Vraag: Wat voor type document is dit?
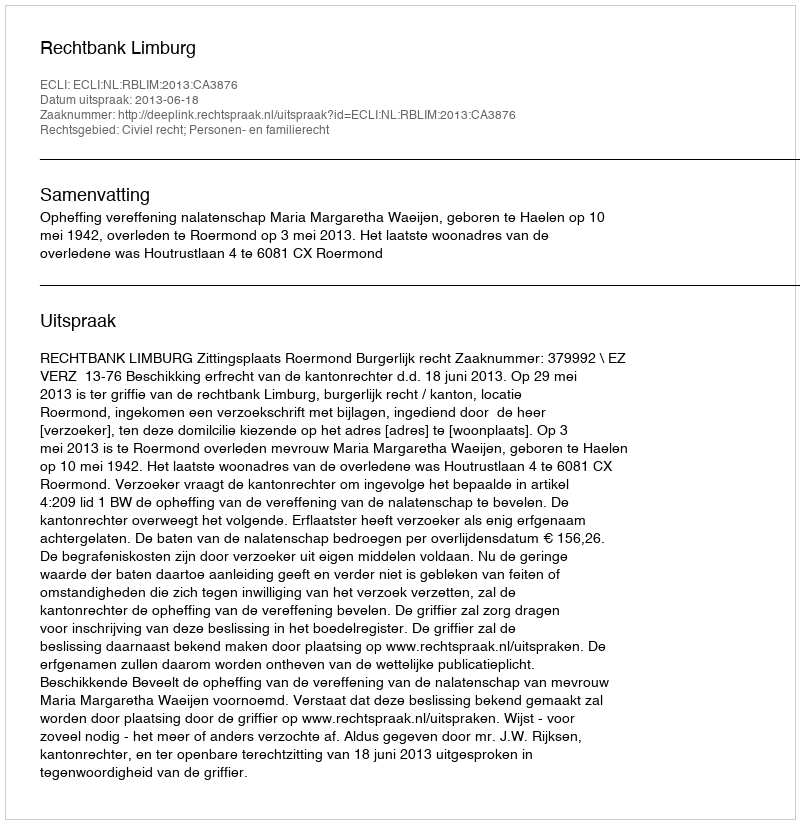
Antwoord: Uitspraak